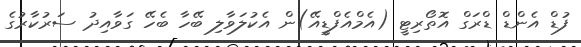
ފުޑް އެންޑް ޑްރަގް އޮތޯރިޓީ (އެމްއެފްޑީއޭ)ން އެކުލަވާލި ބޭހާ ބެހޭ ގަވާއިދު ސަރުކާރުގެ